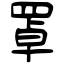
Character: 罩